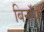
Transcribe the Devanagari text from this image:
बिनॉय